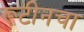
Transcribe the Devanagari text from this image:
रूटीनचा